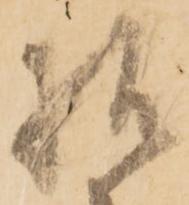
様